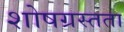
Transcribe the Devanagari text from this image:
शोषग्रस्तता